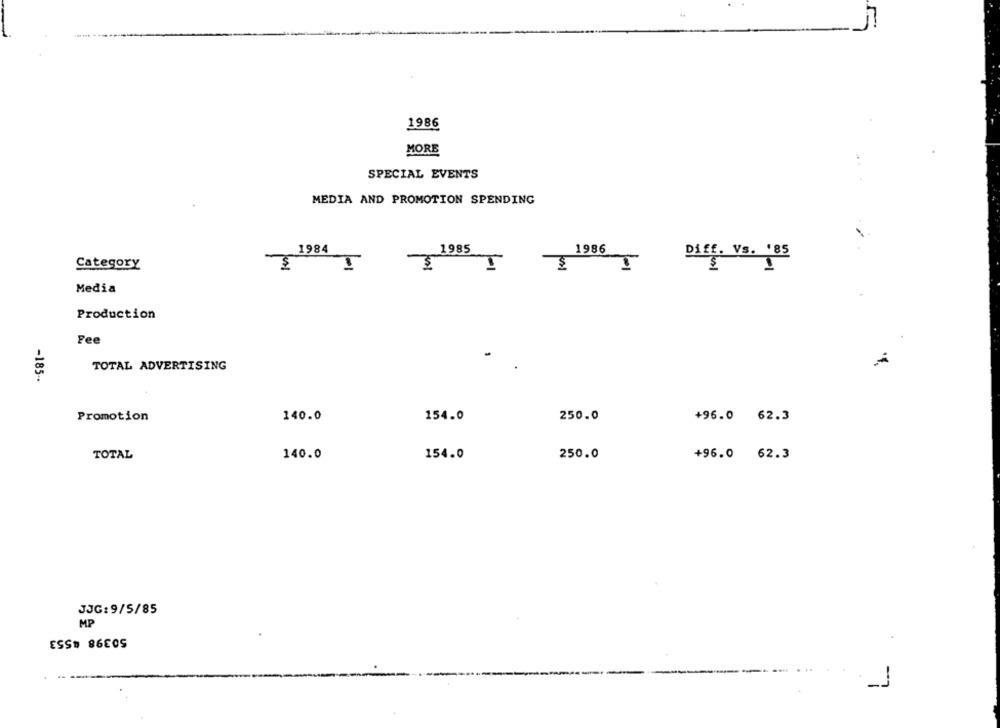
1986
MORE
SPECIAL EVENTS
MEDIA AND PROMOTION SPENDING
1984
1985
1986
Diff. Vs. '85
Category
$
$
1
Media
Production
Fee
TOTAL ADVERTISING
-185-
Promotion
140.0
154.0
250.0
+96.0 62.3
TOTAL
140.0
154.0
250.0
+96.0 62.3
JJG: 9/5/85
MP
50398 4553